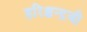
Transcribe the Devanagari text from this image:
हरिश्चन्द्रजी